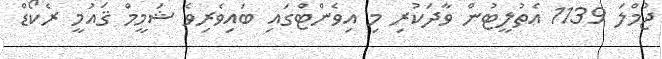
ޖުމްލަ 1139 އެތުލީޓުން ވާދަކުރި މި އިވެންޓްގައި ބައިވެރިވެ ޝަމީމް ޤައުމީ ރެކޯޑް